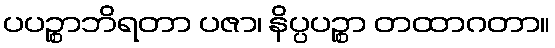
ပပဉ္စာဘိရတာ ပဇာ၊ နိပ္ပပဉ္စာ တထာဂတာ။